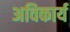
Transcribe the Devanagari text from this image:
अविकार्य